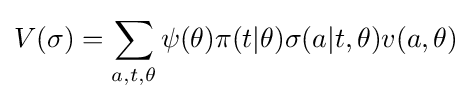
V(\sigma )=\sum _{a,t,\theta }\psi (\theta )\pi (t|\theta )\sigma (a|t,\theta )v(a,\theta )